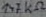
Text: 147KΩ